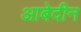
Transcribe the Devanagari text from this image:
आबेदीन